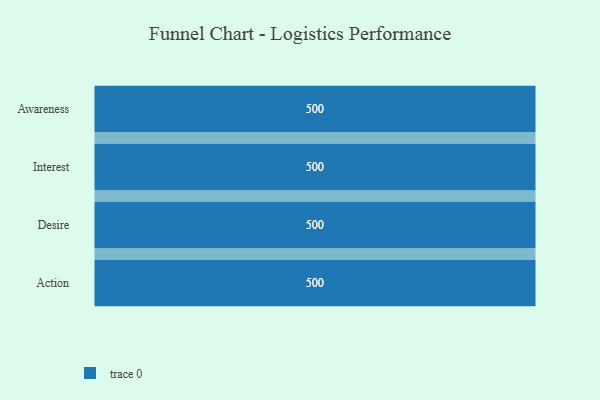
{"axis": {"x": "Stage", "y": "Value"}, "legend": [""], "data": [{"x": "Awareness", "y": 500, "type": ""}, {"x": "Interest", "y": 500, "type": ""}, {"x": "Desire", "y": 500, "type": ""}, {"x": "Action", "y": 500, "type": ""}]}